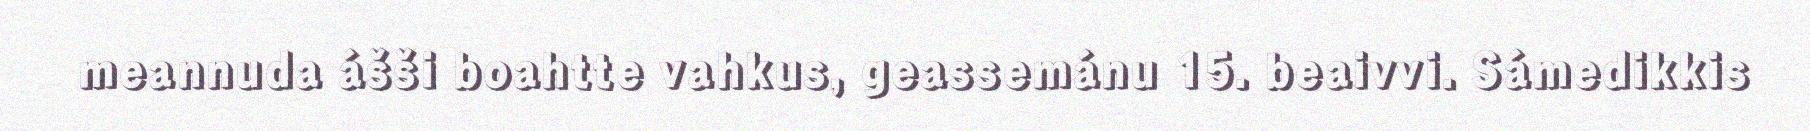
meannuda ášši boahtte vahkus, geassemánu 15. beaivvi. Sámedikkis